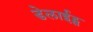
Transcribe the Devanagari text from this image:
डेलाईट्स